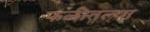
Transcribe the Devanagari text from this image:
फळीतल्या